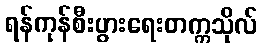
ရန်ကုန်စီးပွားရေးတက္ကသိုလ်